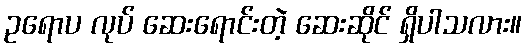
ဥရောပ လုပ် ဆေးရောင်းတဲ့ ဆေးဆိုင် ရှိပါသလား။